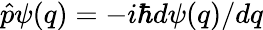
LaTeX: {\hat{p}}\psi(q)=-i\hbar d\psi(q)/dq